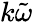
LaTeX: k\tilde{\omega}